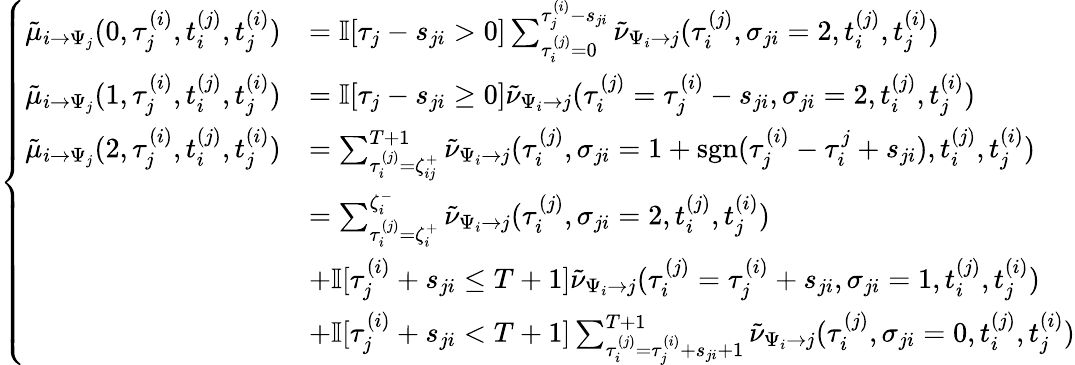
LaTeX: \begin{array}{r}{\begin{array}{r}{\left\{ \begin{array}{llllll}{\tilde{\mu}_{i\to\Psi_{j}}(0,\tau_{j}^{(i)},t_{i}^{(j)},t_{j}^{(i)})}&{=\mathbb{I}[\tau_{j}-s_{ji}>0]\sum_{\tau_{i}^{(j)}=0}^{\tau_{j}^{(i)}-s_{ji}}\tilde{\nu}_{\Psi_{i}\to j}(\tau_{i}^{(j)},\sigma_{ji}=2,t_{i}^{(j)},t_{j}^{(i)})}\\ {\tilde{\mu}_{i\to\Psi_{j}}(1,\tau_{j}^{(i)},t_{i}^{(j)},t_{j}^{(i)})}&{=\mathbb{I}[\tau_{j}-s_{ji}\geq 0]\tilde{\nu}_{\Psi_{i}\to j}(\tau_{i}^{(j)}=\tau_{j}^{(i)}-s_{ji},\sigma_{ji}=2,t_{i}^{(j)},t_{j}^{(i)})}\\ {\tilde{\mu}_{i\to\Psi_{j}}(2,\tau_{j}^{(i)},t_{i}^{(j)},t_{j}^{(i)})}&{=\sum_{\tau_{i}^{(j)}=\zeta_{ij}^{+}}^{{T+1}}\tilde{\nu}_{\Psi_{i}\to j}(\tau_{i}^{(j)},\sigma_{ji}=1+\mathrm{sgn}(\tau_{j}^{(i)}-\tau_{i}^{j}+s_{ji}),t_{i}^{(j)},t_{j}^{(i)})}\\ &{=\sum_{\tau_{i}^{(j)}=\zeta_{i}^{+}}^{\zeta_{i}^{-}}\tilde{\nu}_{\Psi_{i}\to j}(\tau_{i}^{(j)},\sigma_{ji}=2,t_{i}^{(j)},t_{j}^{(i)})}\\ &{+\mathbb{I}[\tau_{j}^{(i)}+s_{ji}\leq{T+1}]\tilde{\nu}_{\Psi_{i}\to j}(\tau_{i}^{(j)}=\tau_{j}^{(i)}+s_{ji},\sigma_{ji}=1,t_{i}^{(j)},t_{j}^{(i)})}\\ &{+\mathbb{I}[\tau_{j}^{(i)}+s_{ji}<{T+1}]\sum_{\tau_{i}^{(j)}=\tau_{j}^{(i)}+s_{ji}+1}^{T+1}\tilde{\nu}_{\Psi_{i}\to j}(\tau_{i}^{(j)},\sigma_{ji}=0,t_{i}^{(j)},t_{j}^{(i)})}\end{array}\right.}\end{array}}\end{array}